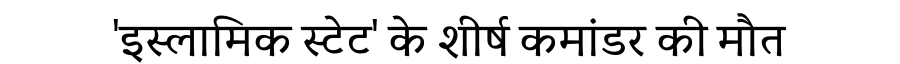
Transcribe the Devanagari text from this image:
'इस्लामिक स्टेट' के शीर्ष कमांडर की मौत